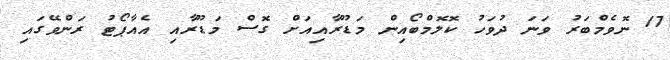
17 ނޮވެމްބަރު ވަނަ ދުވަހު ކޮލޮމްބޯއިން މަޑޫރާއިއަށް ގޮސް މަޑޫރާއި އެއާޕޯޓު ރަންވޭގައި